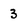
Character: 3